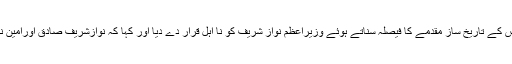
یاد رہے کہ سپریم کورٹ آف پاکستان کے پانچ رکنی بنچ نے پاناما لیکس کے تاریخ ساز مقدمے کا فیصلہ سناتے ہوئے وزیراعظم نواز شریف کو نا اہل قرار دے دیا اور کہا کہ نوازشریف صادق اورامین نہیں رہے جبکہ کیپٹن صفدر، اوراسحاق ڈارکو بھی نااہل قراردیا گیا ہے۔